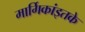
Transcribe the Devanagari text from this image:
मार्गिकांइतके